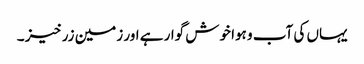
یہاں کی آب و ہوا خوش گوار ہے اور زمین زرخیز ۔